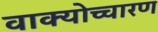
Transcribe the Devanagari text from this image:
वाक्योच्चारण